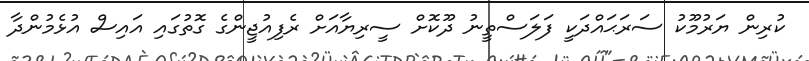
ކުރިން ޔަރުމޫކު ސަރަޙައްދަކީ ފަލަސްތީނު ދޫކޮށް ސީރިޔާއަށް ރެފިއުޖީންގެ ގޮތުގައި އައިސް އުޅެމުންދާ